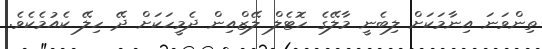
ތިންވަނަ އިނާމަކަށް ލިބެނީ މާލޭގެ ހޮޓެލް ލޭޒްއިން ދެމީހަކަށް ދޭ ހިލޭ ކެއުމެކެވެ.